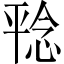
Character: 𪪆